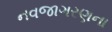
નવજાગરણના